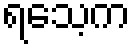
ရသေ့က